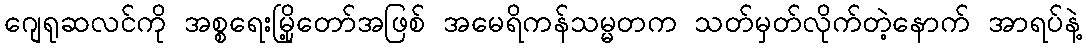
ဂျေရုဆလင်ကို အစ္စရေးမြို့တော်အဖြစ် အမေရိကန်သမ္မတက သတ်မှတ်လိုက်တဲ့နောက် အာရပ်နဲ့